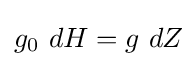
{g_{0}}\ {dH}={g}\ {dZ}